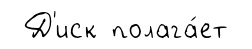
Д'иск полага́ет